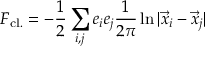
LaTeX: F _ { \mathrm { c l . } } = - \frac { 1 } { 2 } \sum _ { i , j } e _ { i } e _ { j } \frac { 1 } { 2 \pi } \ln \vert \vec { x } _ { i } - \vec { x } _ { j } \vert